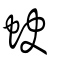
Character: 蚗